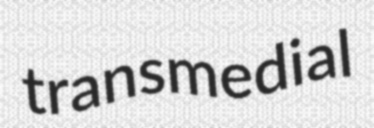
transmedial